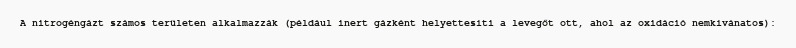
A nitrogéngázt számos területen alkalmazzák (például inert gázként helyettesíti a levegőt ott, ahol az oxidáció nemkívánatos):